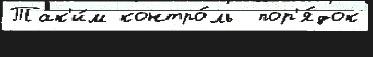
Так'и́м контро́ль  пор'я́док